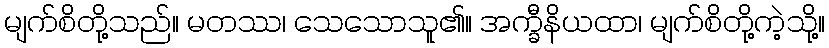
မျက်စိတို့သည်။ မတဿ၊ သေသောသူ၏။ အက္ခီနိယထာ၊ မျက်စိတို့ကဲ့သို့။